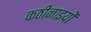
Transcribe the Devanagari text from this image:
कठीनाइयों